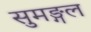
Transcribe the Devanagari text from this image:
सुमङ्गल